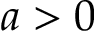
a > 0